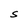
Character: S